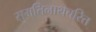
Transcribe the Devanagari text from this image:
सुमतिनाथचरित